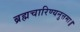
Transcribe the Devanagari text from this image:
ब्रह्मचारिण्यनुत्तमा॥